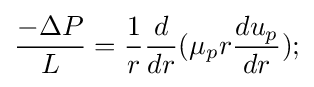
{\frac {-\Delta P}{L}}={\frac {1}{r}}{\frac {d}{dr}}(\mu _{p}r{\frac {du_{p}}{dr}});